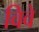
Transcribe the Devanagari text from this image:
विवे